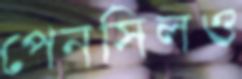
পেনসিলও